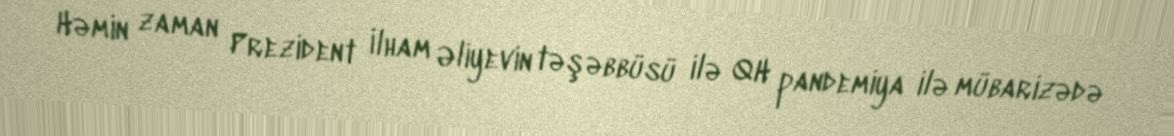
Həmin zaman Prezident İlham Əliyevin təşəbbüsü ilə QH pandemiya ilə mübarizədə